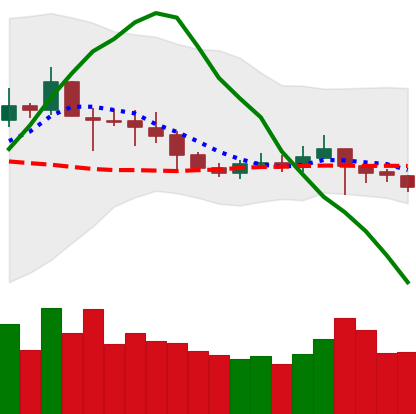
Ticker: ETC-USD
Chart end date: 2019-09-22
Forward return: -21.986%
Label: down_7plus